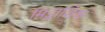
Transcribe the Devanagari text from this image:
मिड्राशिक